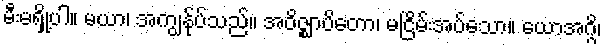
မီးမရှို့ပါ။ မယာ၊ အကျွန်ုပ်သည်။ အဝိဇ္ဈာပိတော၊ မငြိမ်းအပ်သော။ ယောအဂ္ဂိ၊